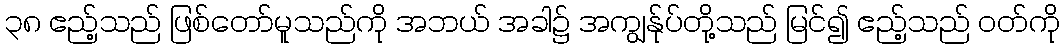
၃၈ ဧည့်သည် ဖြစ်တော်မူသည်ကို အဘယ် အခါ၌ အကျွန်ုပ်တို့သည် မြင်၍ ဧည့်သည် ဝတ်ကို